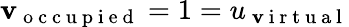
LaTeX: \mathbf{v}_{\mathrm{{~o~c~c~u~p~i~e~d~}}}=1=u_{\mathrm{{~\mathbf{v}~i~r~t~u~a~l~}}}